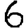
Digit: 6